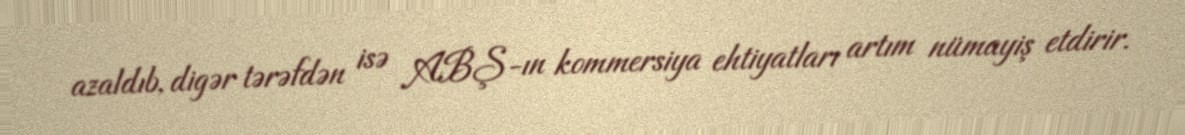
azaldıb, digər tərəfdən isə ABŞ-ın kommersiya ehtiyatları artım nümayiş etdirir.